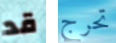
قد تحرج